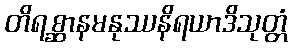
တိရစ္ဆာနမနုဿနိရယာဒိသုတ္တံ